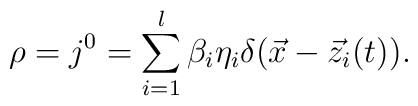
\rho =j^0=\sum_{i=1}^l\beta _i\eta _i\delta (\vec x-\vec z_i(t)).